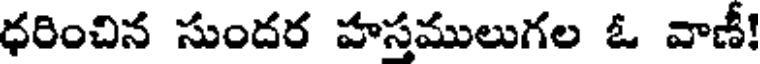
ధరించిన సుందర హస్తములుగల ఓ వాణీ!